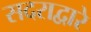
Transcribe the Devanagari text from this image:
सदराद्वारे